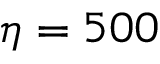
\eta = 5 0 0